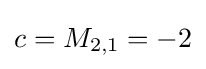
c=M_{2,1}=-2